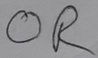
Text: OR